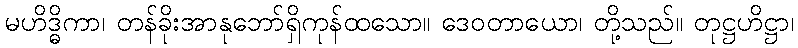
မဟိဒ္ဓိကာ၊ တန်ခိုးအာနုဘော်ရှိကုန်ထသော။ ဒေဝတာယော၊ တို့သည်။ တုဋ္ဌဟိဋ္ဌာ၊